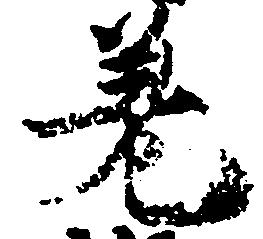
差